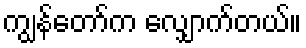
ကျွန်တော်က လျှောက်တယ်။